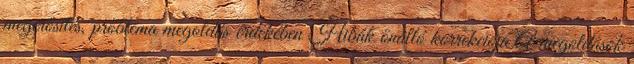
megerősítés, probléma megoldás érdekében Hibák önálló korrekciója A megoldások